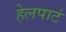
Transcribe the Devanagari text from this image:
हेलपाटं